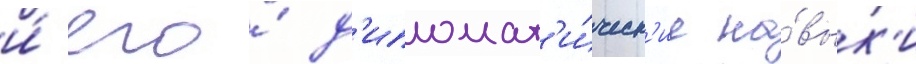
и́ его́ д'ипломат'и́ческ'ие на́вык'и